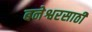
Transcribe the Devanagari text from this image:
बनेश्वरसाठी